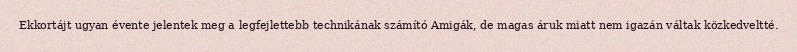
Ekkortájt ugyan évente jelentek meg a legfejlettebb technikának számító Amigák, de magas áruk miatt nem igazán váltak közkedveltté.